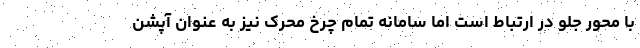
با محور جلو در ارتباط است اما سامانه تمام چرخ محرک نیز به عنوان آپشن